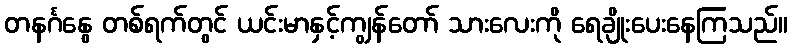
တနင်္ဂနွေ တစ်ရက်တွင် ယင်းမာနှင့်ကျွန်တော် သားလေးကို ရေချိုးပေးနေကြသည်။